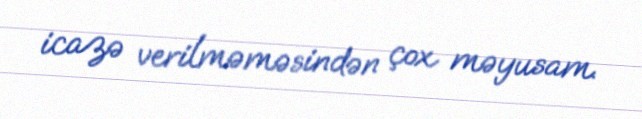
icazə verilməməsindən çox məyusam.